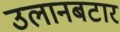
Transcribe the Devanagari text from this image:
उलानबटार